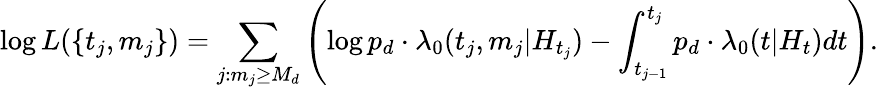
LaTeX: \log L(\{ t_{j},m_{j}\} )=\sum_{j:m_{j}\geq M_{d}}\left(\log p_{d}\cdot\lambda_{0}(t_{j},m_{j}|H_{t_{j}})-\int_{t_{j-1}}^{t_{j}}p_{d}\cdot\lambda_{0}(t|H_{t})dt\right).